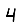
Digit: 4